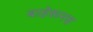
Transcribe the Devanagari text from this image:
बाहेरूनच